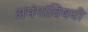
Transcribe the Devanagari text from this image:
अभंगांविषयी